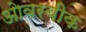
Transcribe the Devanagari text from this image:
ओवरबीक